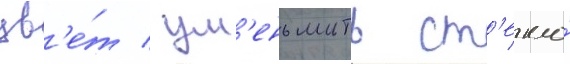
цв'е́т / ум'еньшить ст'екло́